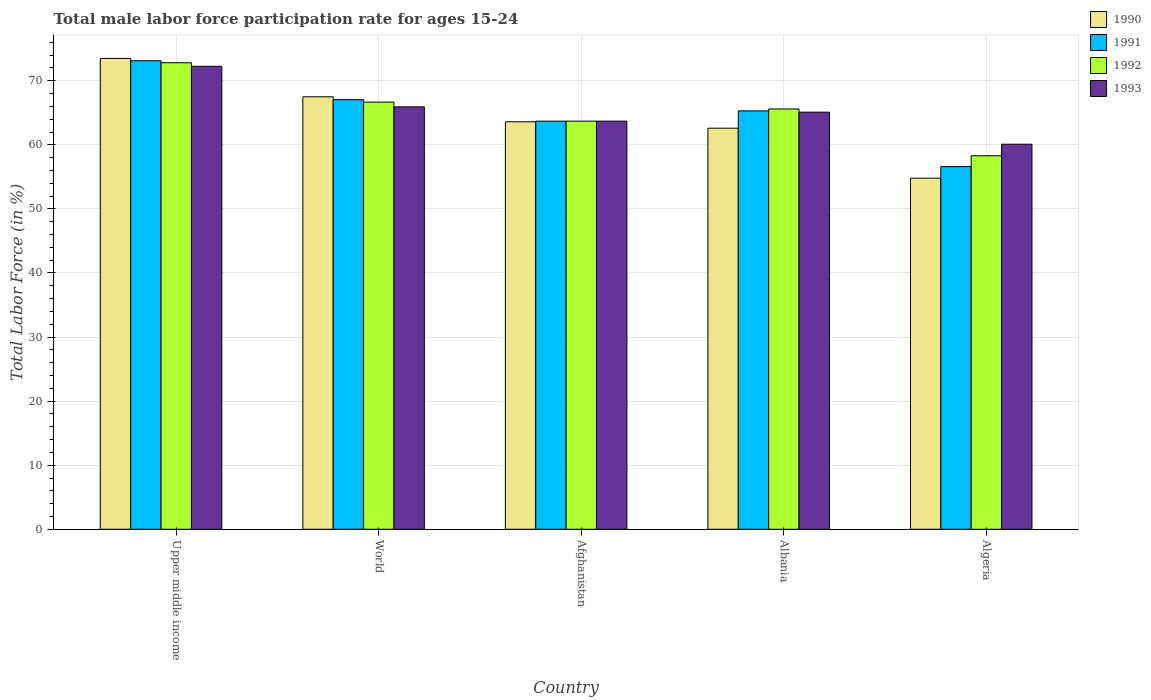
| Country | 1990 | 1991 | 1992 | 1993 |
 | --- | --- | --- | --- | --- |
 | Upper middle income | 73.5 | 73.1 | 72.8 | 72.3 |
 | World | 67.5 | 67.1 | 66.7 | 65.9 |
 | Afghanistan | 63.6 | 63.7 | 63.7 | 63.7 |
 | Albania | 62.6 | 65.3 | 65.6 | 65.1 |
 | Algeria | 54.8 | 56.6 | 58.3 | 60.1 |